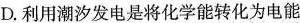
D.利用潮汐发电是将化学能转化为电能